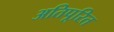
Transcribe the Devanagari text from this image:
अतिपूरित